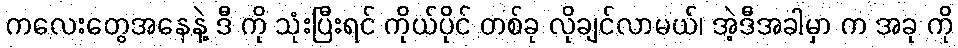
ကလေးတွေအနေနဲ့ ဒီ ကို သုံးပြီးရင် ကိုယ်ပိုင် တစ်ခု လိုချင်လာမယ်၊ အဲ့ဒီအခါမှာ က အခု ကို